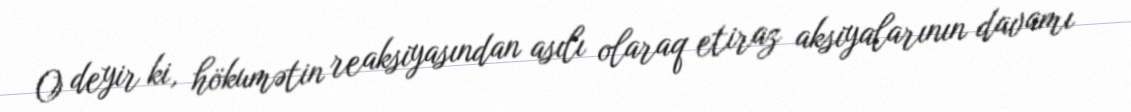
O deyir ki, hökumətin reaksiyasından asılı olaraq etiraz aksiyalarının davamı